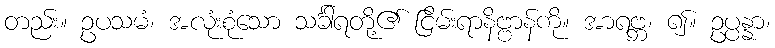
တည်း။ ဥပသမံ၊ အလုံးစုံသော သင်္ခါရတို့၏ ငြိမ်းရာနိဗ္ဗာန်ကို။ အာရဗ္ဘ၊ ၍။ ဥပ္ပန္နာ၊